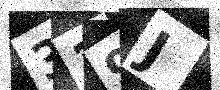
Text: 319J